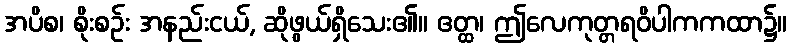
အပိစ၊ စိုးစဉ်း အနည်းငယ်, ဆိုဖွယ်ရှိသေး၏။ ဧတ္ထ၊ ဤလေကုတ္တရဝိပါကကထာ၌။